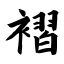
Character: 褶